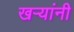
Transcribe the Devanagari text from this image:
खऱ्यांनी